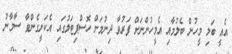
އެއީ ބަލި މީހުން ބެލުމާއި އެމީހުންނަށް ފަރުވާ ދިނުމަށް ހޮސްޕިޓަލުގައި އެކަށީގެންވާ ސާމާނު